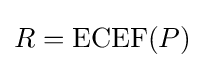
R=\mathrm {ECEF} (P)